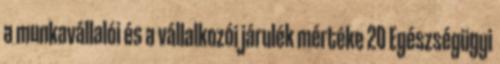
a munkavállalói és a vállalkozói járulék mértéke 20 Egészségügyi